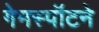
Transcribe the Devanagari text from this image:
गेमस्पॉटने